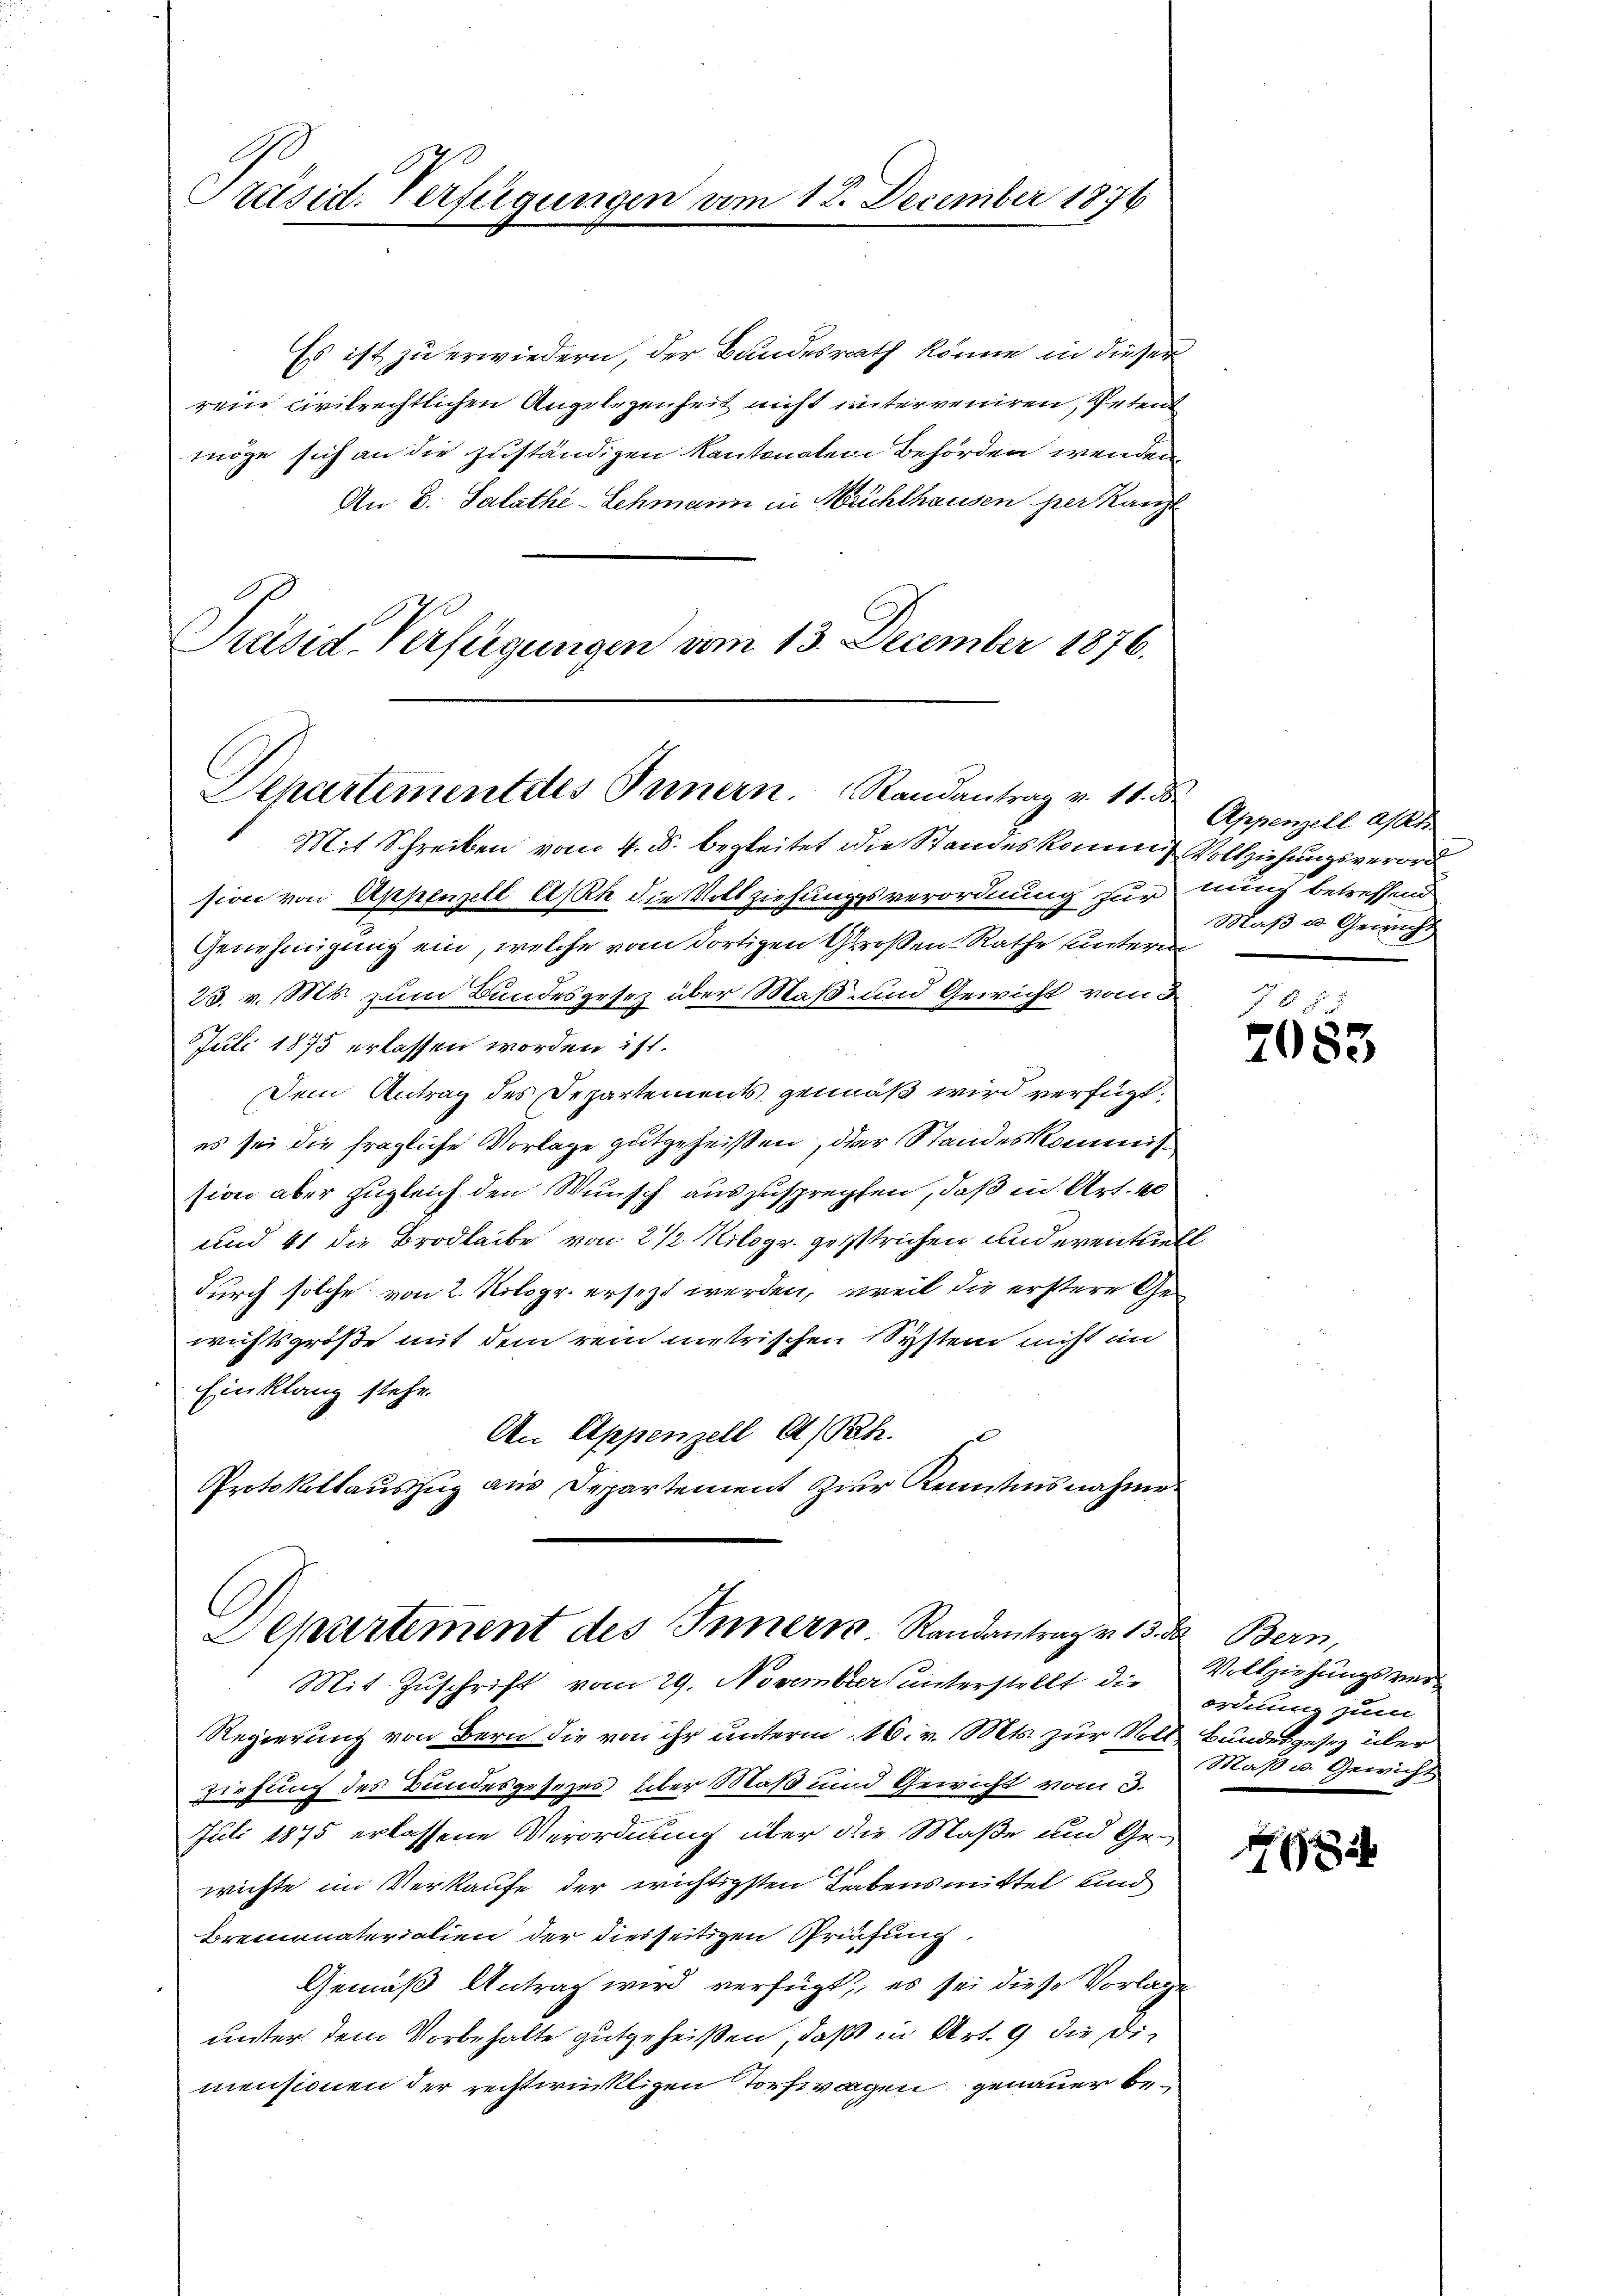
Präsid. Verfügungen vom 12. December 187

Es ist zu erwiedern, der Bundesrath könne in dieser
rein civilrechtlichen Angelegenheit nicht unterveniren, Petent
möge sich an die zuständigen Kantonalen Behörden wenden¬
An B. Salathe-Lehmann in Mühlhausen per Kanz
Präsid. Verfügungen vom 13. December 1876.

Departement des Innern. Randantrag v. 18. ds

Mit Schreiben vom 4. d. begleitet die Standeskommis Vollziehungsverord
sion von Appenzell Ast die Vollziehungsverordnung zur nung betreffend
Genehmigung ein, welche vom dortigen Großen Rathe untern
23. v. Mt. zum Bundesgesetz über Maß- und Gewicht vom 3
Juli 1875 erlassen worden ist.
Dem Antrag des Departements gemäß wird verfügt:
es sei die fragliche Vorlage gutgeheißen, der Standeskommission aber zugleich den Wunsch auszusprechten, daß in Art. 40
und 41 die Brodleibe von 2 1/2 Kilogr. gestrichen und eventuell
durch solche von 2. Nologr. ersezt werden, weil die erstere Gewichtsgroße mit dem rein metrischen System nicht im
Einklanz stehe.
An Appenzell A/Rh.
Protokollauszug aus Departement Zier Kenntnisnahmen

Separtement des Innern. Randantrag v. 13. d. Bern,

Appenzell a/Rh.
Maß u. Gerich

Mit Zuschrift vom 29. November unterstellt die
Regierung von Bern die von ihr unterm 16. v. Mts. zur Voll Bundesgesez über
ziehung des Bundesgesezes über Maß und Gewicht vom 3.
Juli 1875 erlassene Verordnung über die Maße und Gewichte im Verkaufe der wichtigsten Lebensmittel und
Bremonaterialien der diesseitigen Prüfung,
Gemäß Antrag wird verfügt, es sei diese Vorlagunter dem Vorbehalte gutgeheißen, daß in Art. 9 die Dimensionen der rechtwinkligen Torfwagen genauer be¬

6.
7083

Vollziehungsverordnung zum
Maß u. Gewicht

1644